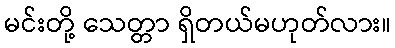
မင်းတို့ သေတ္တာ ရှိတယ်မဟုတ်လား။